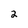
Character: 2